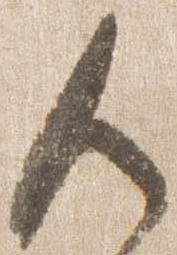
御